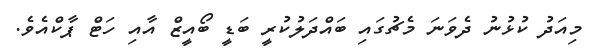
މިއަދު ކުޅުނު ދެވަނަ މެޗުގައި ބައްދަލުކުރީ ބަޑީ ބޯއީޒް އާއި ހަޓް ޕާކްއެވެ.